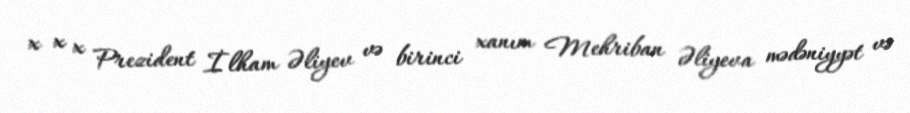
x x x Prezident İlham Əliyev və birinci xanım Mehriban Əliyeva mədəniyyət və